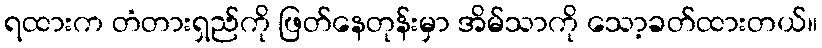
ရထားက တံတားရှည်ကို ဖြတ်နေတုန်းမှာ အိမ်သာကို သော့ခတ်ထားတယ်။